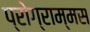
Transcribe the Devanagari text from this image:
प्रोग्राम्मस